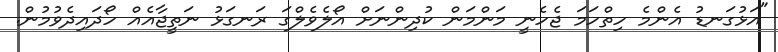
"އަޅުގަނޑު އެންމެ ހިތްހަމަ ޖެހެނީ މަންމަން ކުދިންނަށް އޯލެވެލްގަ ރަނގަޅު ނަތީޖާއެއް ހޯދައިދެވުމުން.